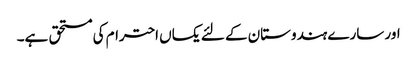
اور سارے ہندوستان کے لئے یکساں احترام کی مستحق ہے۔